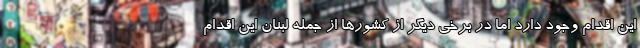
این اقدام وجود دارد اما در برخی دیگر از کشورها از جمله لبنان این اقدام